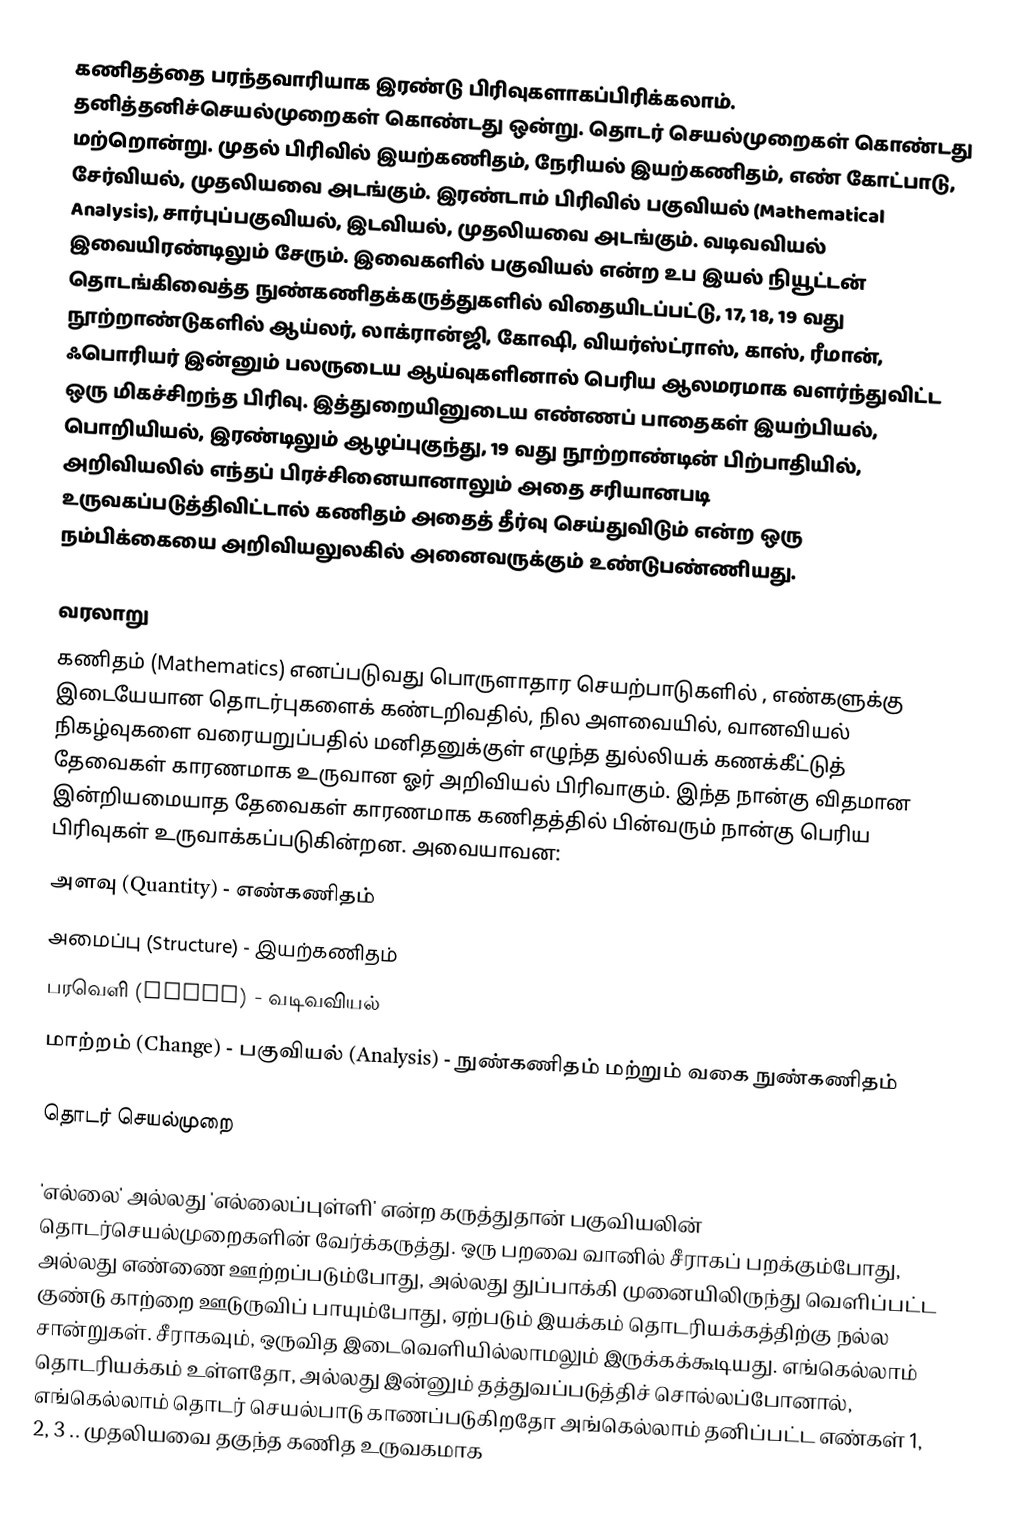
கணிதத்தை பரந்தவாரியாக இரண்டு பிரிவுகளாகப்பிரிக்கலாம். தனித்தனிச்செயல்முறைகள் கொண்டது ஒன்று. தொடர் செயல்முறைகள் கொண்டது மற்றொன்று. முதல் பிரிவில் இயற்கணிதம், நேரியல் இயற்கணிதம், எண் கோட்பாடு, சேர்வியல், முதலியவை அடங்கும். இரண்டாம் பிரிவில் பகுவியல் (Mathematical Analysis), சார்புப்பகுவியல், இடவியல், முதலியவை அடங்கும். வடிவவியல் இவையிரண்டிலும் சேரும். இவைகளில் பகுவியல் என்ற உப இயல் நியூட்டன் தொடங்கிவைத்த நுண்கணிதக்கருத்துகளில் விதையிடப்பட்டு, 17, 18, 19 வது நூற்றாண்டுகளில் ஆய்லர், லாக்ரான்ஜி, கோஷி, வியர்ஸ்ட்ராஸ், காஸ், ரீமான், ஃபொரியர் இன்னும் பலருடைய ஆய்வுகளினால் பெரிய ஆலமரமாக வளர்ந்துவிட்ட ஒரு மிகச்சிறந்த பிரிவு. இத்துறையினுடைய எண்ணப் பாதைகள் இயற்பியல், பொறியியல், இரண்டிலும் ஆழப்புகுந்து, 19 வது நூற்றாண்டின் பிற்பாதியில், அறிவியலில் எந்தப் பிரச்சினையானாலும் அதை சரியானபடி உருவகப்படுத்திவிட்டால் கணிதம் அதைத் தீர்வு செய்துவிடும் என்ற ஒரு நம்பிக்கையை அறிவியலுலகில் அனைவருக்கும் உண்டுபண்ணியது.

வரலாறு
கணிதம் (Mathematics) எனப்படுவது பொருளாதார செயற்பாடுகளில் , எண்களுக்கு இடையேயான தொடர்புகளைக் கண்டறிவதில், நில அளவையில், வானவியல் நிகழ்வுகளை வரையறுப்பதில் மனிதனுக்குள் எழுந்த  துல்லியக் கணக்கீட்டுத் தேவைகள் காரணமாக உருவான ஓர் அறிவியல் பிரிவாகும். இந்த நான்கு விதமான இன்றியமையாத தேவைகள் காரணமாக கணிதத்தில்  பின்வரும் நான்கு பெரிய பிரிவுகள் உருவாக்கப்படுகின்றன. அவையாவன:
 அளவு (Quantity) - எண்கணிதம்
 அமைப்பு (Structure) - இயற்கணிதம்
 பரவெளி (Space) - வடிவவியல்
 மாற்றம் (Change) - பகுவியல் (Analysis) - நுண்கணிதம் மற்றும் வகை நுண்கணிதம்

தொடர் செயல்முறை

'எல்லை' அல்லது 'எல்லைப்புள்ளி' என்ற கருத்துதான் பகுவியலின் தொடர்செயல்முறைகளின் வேர்க்கருத்து. ஒரு பறவை வானில் சீராகப் பறக்கும்போது, அல்லது எண்ணை ஊற்றப்படும்போது, அல்லது துப்பாக்கி முனையிலிருந்து வெளிப்பட்ட குண்டு காற்றை ஊடுருவிப் பாயும்போது, ஏற்படும் இயக்கம் தொடரியக்கத்திற்கு நல்ல சான்றுகள். சீராகவும், ஒருவித இடைவெளியில்லாமலும் இருக்கக்கூடியது. எங்கெல்லாம் தொடரியக்கம் உள்ளதோ, அல்லது இன்னும் தத்துவப்படுத்திச் சொல்லப்போனால், எங்கெல்லாம் தொடர் செயல்பாடு காணப்படுகிறதோ அங்கெல்லாம் தனிப்பட்ட எண்கள் 1, 2, 3 .. முதலியவை தகுந்த கணித உருவகமாக